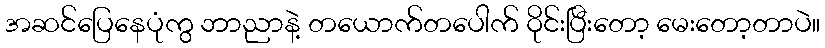
အဆင်ပြေနေပုံကွ ဘာညာနဲ့ တယောက်တပေါက် ဝိုင်းပြီးတော့ မေးတော့တာပဲ။